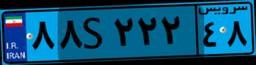
۸۸S۲۲۲۴۸